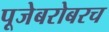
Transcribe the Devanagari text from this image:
पूजेबरोबरच